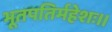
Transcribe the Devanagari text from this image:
भूतपतिर्महेशः।।